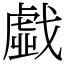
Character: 戱